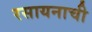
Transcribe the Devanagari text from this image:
रसायनाची